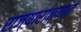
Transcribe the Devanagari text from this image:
राज्याराज्यांत